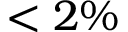
< 2 \%